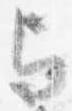
与